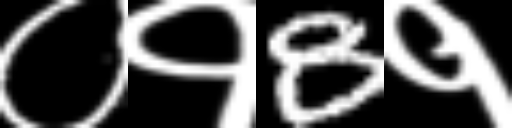
Text: ०१8१